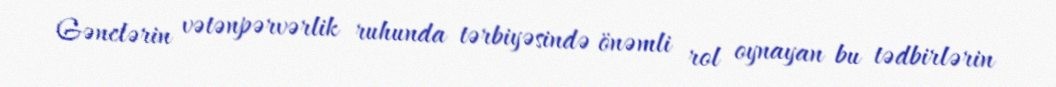
Gənclərin vətənpərvərlik ruhunda tərbiyəsində önəmli rol oynayan bu tədbirlərin